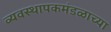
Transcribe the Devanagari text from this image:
व्यवस्थापकमंडळाच्या